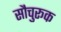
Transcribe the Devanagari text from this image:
सौचुरूक